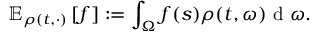
\mathbb { E } _ { \rho ( t , \cdot ) } \left[ f \right] : = \int _ { \Omega } f ( s ) \rho ( t , \omega ) \mathrm { ~ d ~ } \omega .